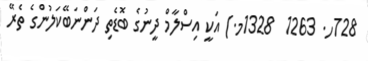
728ހ. 1263  1328މ.) އަކީ އިސްލާމް ދީނުގެ ބޮޑެތި ދަންނަބޭކަލުންގެ ތެރޭ